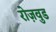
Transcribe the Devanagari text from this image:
रोज़वुड